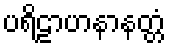
ပရိဠာဟနာနတ္တံ